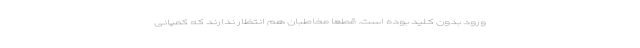
ورود بدون کلید بوده است. قطعا مخاطبان هم انتظار ندارند که کمپانی